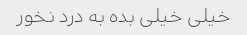
خیلی خیلی بده به درد نخور